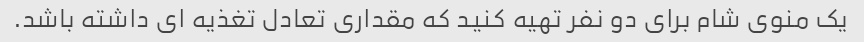
یک منوی شام برای دو نفر تهیه کنید که مقداری تعادل تغذیه ای داشته باشد.